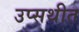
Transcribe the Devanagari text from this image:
उप्सथीत